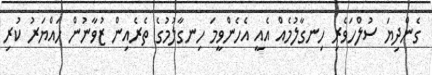
ގެންދިޔަ ސުލްހަވެރި ހިނގާލުމެއް އެއީ އެހެންވީމަ ހިނގާލުމުގެ ތެރެއިން ޒުވާނުން ހައްޔަރު ކުރި